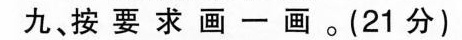
九、按要求画一画。(21分)